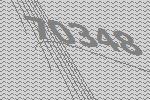
70348